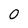
Character: 0